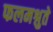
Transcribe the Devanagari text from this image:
फलमश्नुते